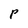
Character: P